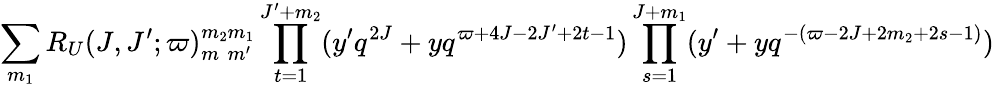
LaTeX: \sum_{m_{1}}R_{U}(J,J^{\prime};\varpi)_{m_{\phantom{2}}m^{\prime}}^{m_{2}m_{1}}\prod_{t=1}^{J^{\prime}+m_{2}}(y^{\prime}q^{2J}+yq^{\varpi+4J-2J^{\prime}+2t-1})\prod_{s=1}^{J+m_{1}}(y^{\prime}+yq^{-(\varpi-2J+2m_{2}+2s-1)})